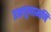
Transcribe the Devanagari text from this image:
प्रश्नचूणामणि